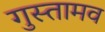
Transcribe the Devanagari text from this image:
गुस्तामव